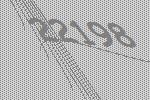
22198